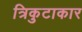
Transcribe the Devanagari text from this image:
त्रिकुटाकार